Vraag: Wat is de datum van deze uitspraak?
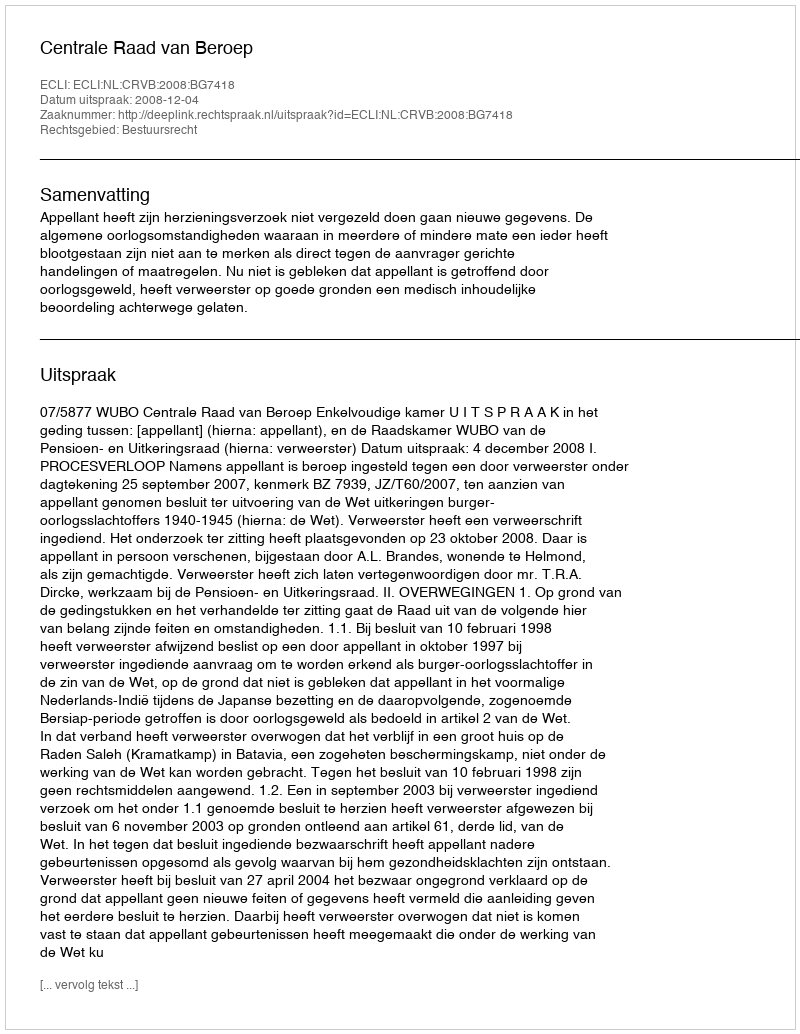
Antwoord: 2008-12-04